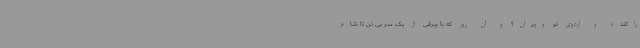
راکنده و اردوی تو ویران؟ و آن روز که با بیرقی از یک سر بی تن تا شام